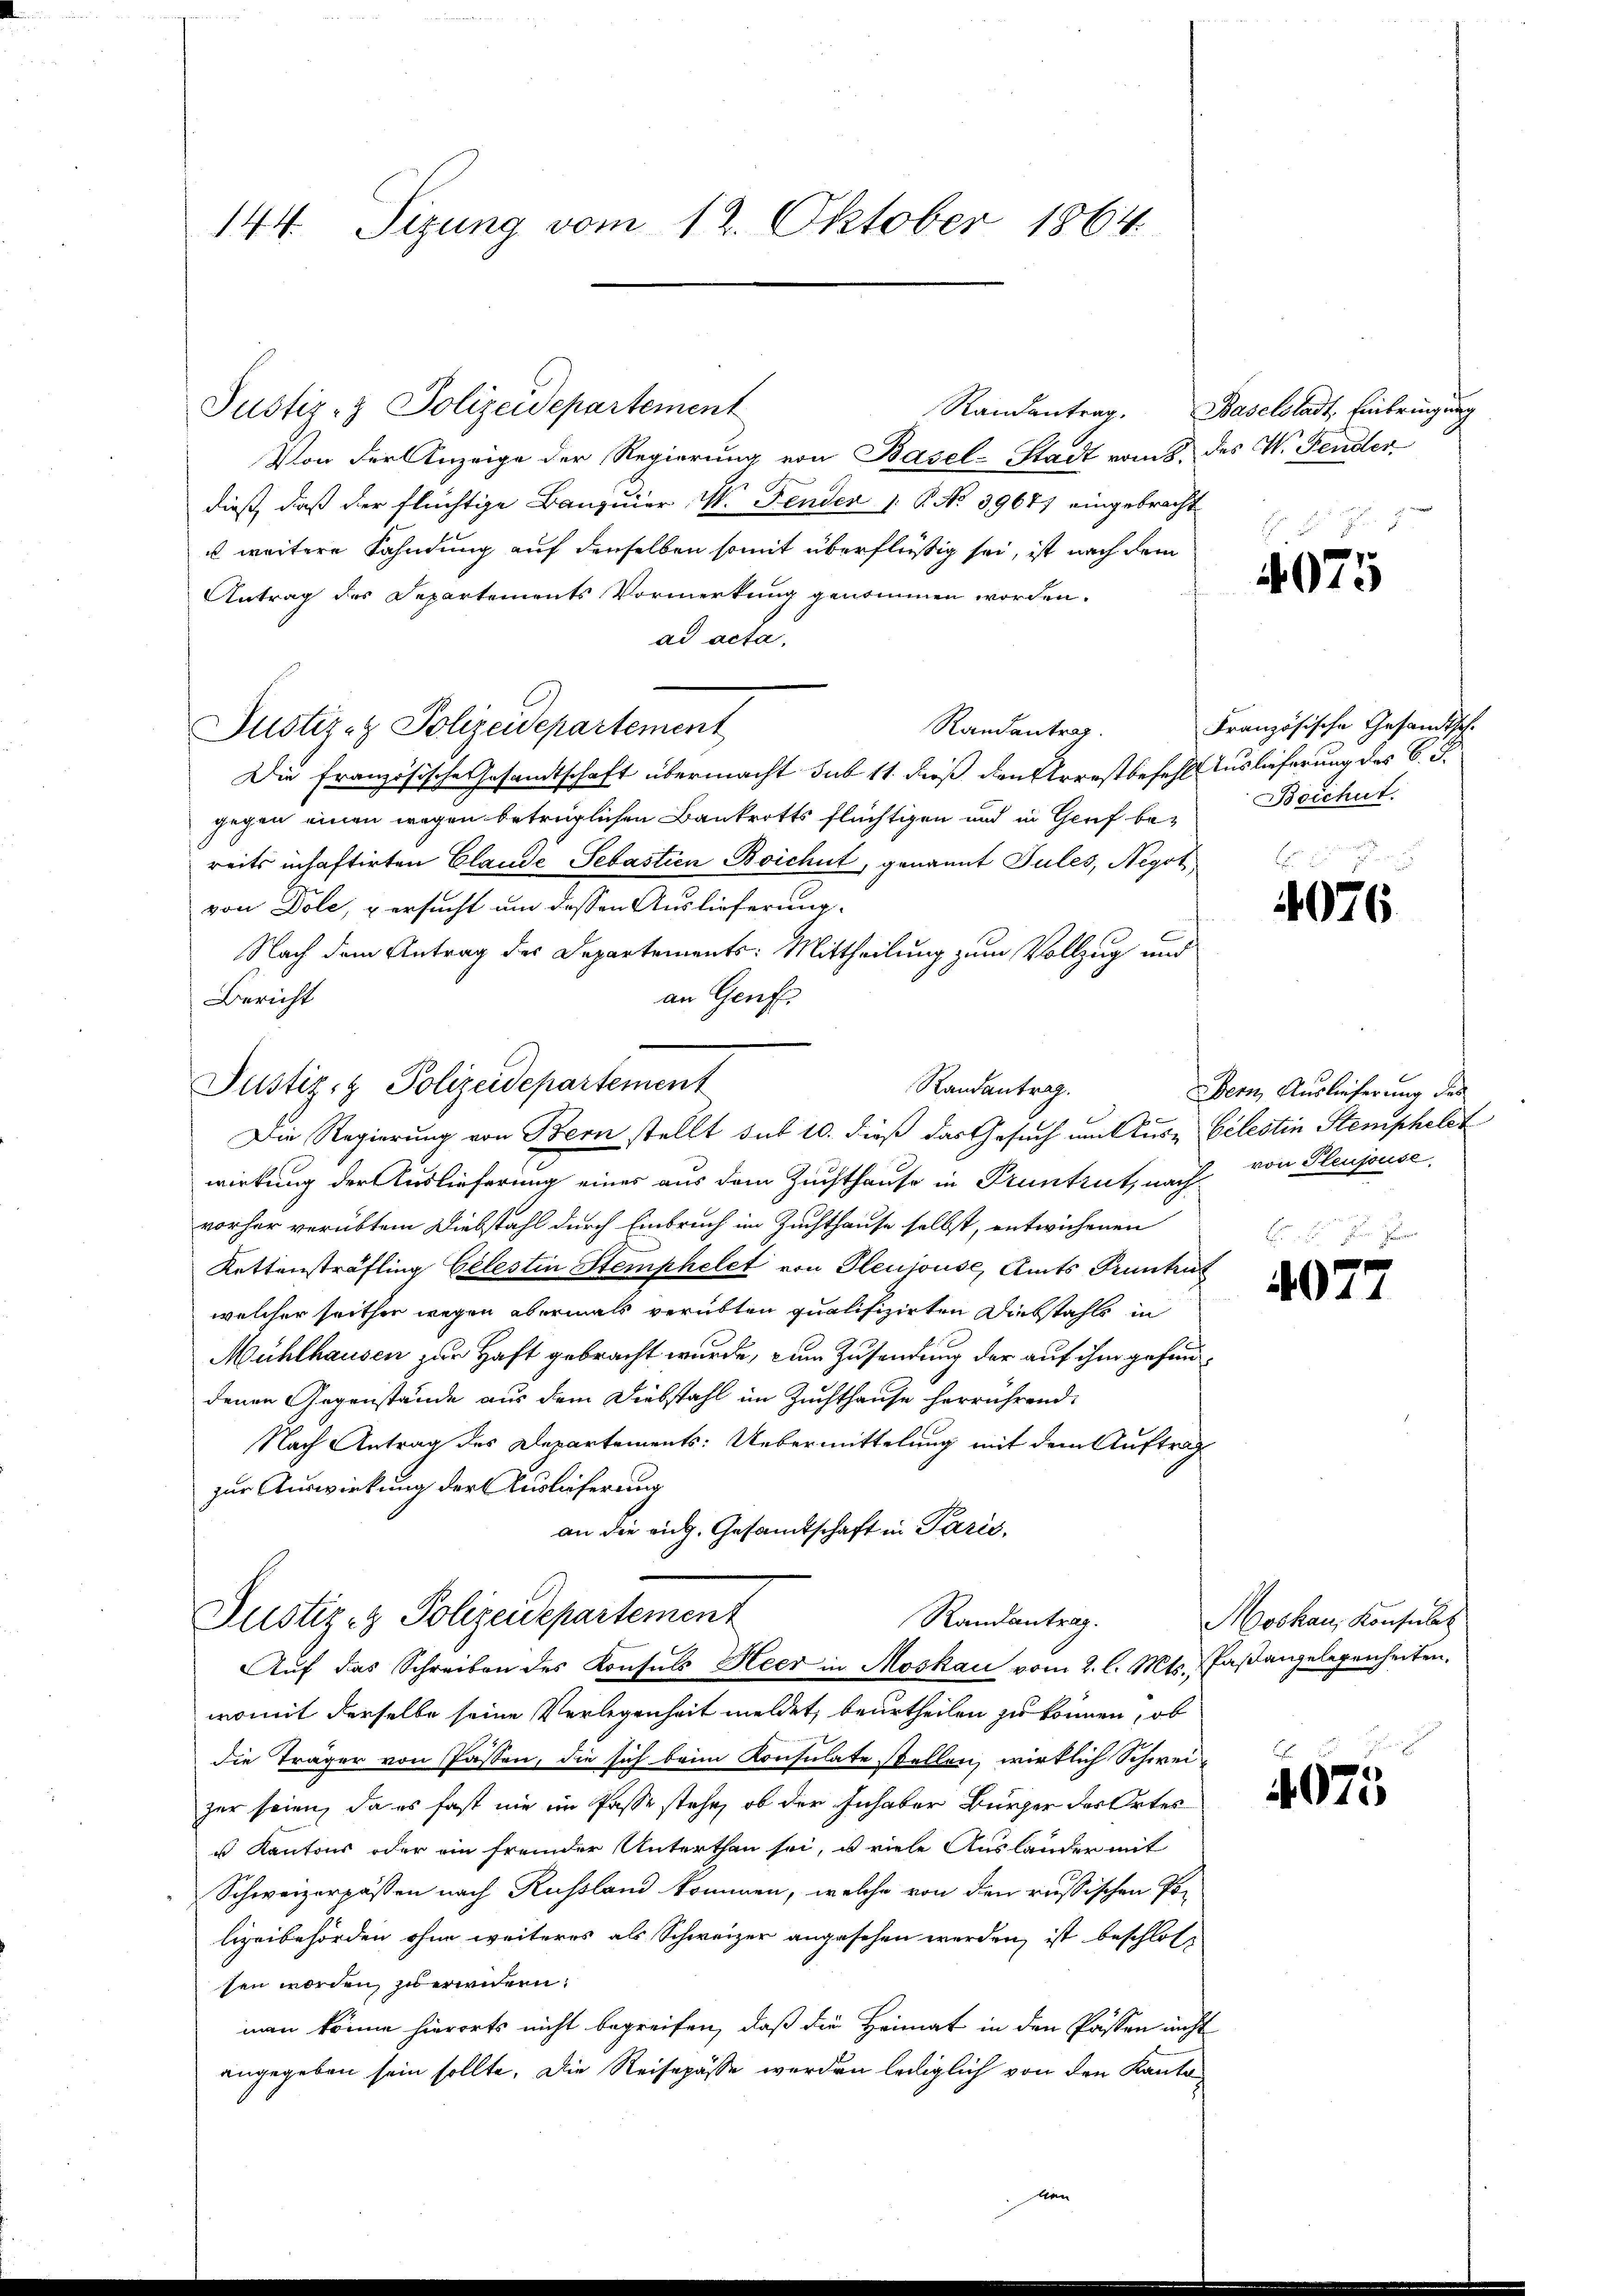
144. Sizung vom 12. Oktober 1864.

Justiz- & Polizeidepartement
Von der Anzeige der Regierung von Basel-Stadt vom 8. des W. Fender
dieß, daß der flüchtige Banquier W. Fenden 1. P. No 39647 eingebracht
u weitere Fahndung auf denselben somit überflüßig sei, ist nach dem
Antrag des Departements Vormerkung genommen worden.
ad acta,
Randantrag.
Justiz- & Polizeidepartement
Die französische Gesandtschaft übermacht sub 11. dieß den Arrestbefehl Auslieferung des C. F.
gegen einen wegen betrüglichen Bankrotts flüchtigen und in Graf be-
reits inhaftirten Claude Sebastien Boicht, genannt Tules, Negot
von Dole, u ersucht um dessen Auslieferung.
Nach dem Antrag des Departements: Mittheilung zum Vollzug und
an Genf.
Bericht
Die Regierung von Bern stellt sub 10. dieß das Gesuch um Aus- Celestin Stemphelet
wirkung der Auslieferung eines aus dem Zuchthause in Pruntrut, nach von Pleujouse,
vorher verübtem Diebstahl durch Einbruch im Zuchthause selbst, entwichenen
Kettensträfling Celestin Stemphelet von Gleujouse, Amts Pruntrut
welcher seither wegen abermals verübten qualifizirten Diebstahls in
Mühlhausen zur Haft gebracht wurde, zum Zusendung der auf ihm gefunddenen Gegenstände aus dem Diebstahl im Zuchthause herrührend:
Nach Antrag des Departements: Uebermittelung mit dem Aufträg
zur Auswirkung der Auslieferung
an die eidg. Gesandtschaft in Paris,
Justiz & Polizeidepartement
Randantrag.
Auf das Schreiben des Konsuls Heer in Moskau vom 2. l. Mts., Faßangelegenheiten.
womit derselbe seine Verlegenheit meldet, beurtheilen zu können, ob
die Träger von Passen, die sich beim Konsulate stellen, wirklich Schweizur seien, da es fast nie im Pässe stehe, ob der Inhaber Bürger des Ortes
u Kantons oder ein fremder Unterthan sei, u viele Auslander mit
Schweizerpassen nach Russland kommen, welche von den russischen Polizeibehörden ohne weiteres als Schweizer angesehen werden, ist beschlos
sen worden zu werden.
man könne hierorts nicht begreifen, daß die Heimat in den Passen nicht
angegeben sein sollte. Die Reisepässe werden lediglich von den Kanto

Justiz & Polizeidepartement

Randantrag.

Randantrag. Baselstadt, Einbringung

4075

Französische Gesandtschi
Beschut.

4076

Bern Auslieferung des

4077

Moskau, Konsulat

d
4075